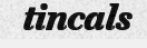
tincals